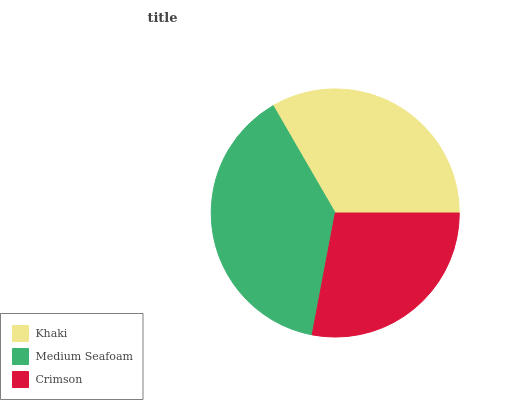
| Khaki | Medium Seafoam | Crimson |
 | --- | --- | --- |
 | 33.4% | 38.6% | 28% |